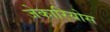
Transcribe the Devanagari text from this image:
जेकारियोस